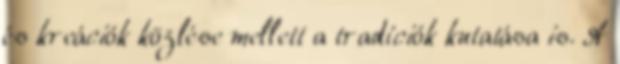
és kreációk közlése mellett a tradíciók kutatása is. A